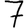
Digit: 7